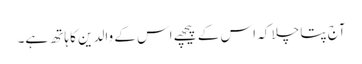
آج پتا چلا کہ اس کے پیچھے اس کے والدین کا ہاتھ ہے۔